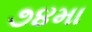
૭૪મા